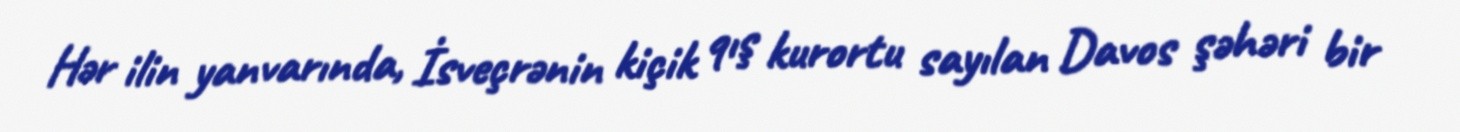
Hər ilin yanvarında, İsveçrənin kiçik qış kurortu sayılan Davos şəhəri bir